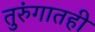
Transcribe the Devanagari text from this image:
तुरुंगातही